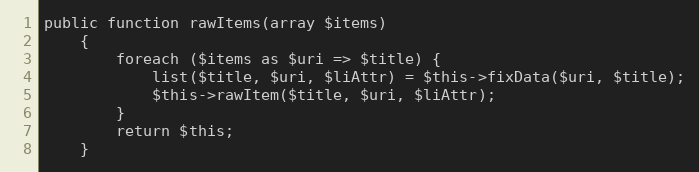
Language: PHP
public function rawItems(array $items)
    {
        foreach ($items as $uri => $title) {
            list($title, $uri, $liAttr) = $this->fixData($uri, $title);
            $this->rawItem($title, $uri, $liAttr);
        }
        return $this;
    }